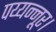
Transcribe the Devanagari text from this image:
पय्यन्नूर।